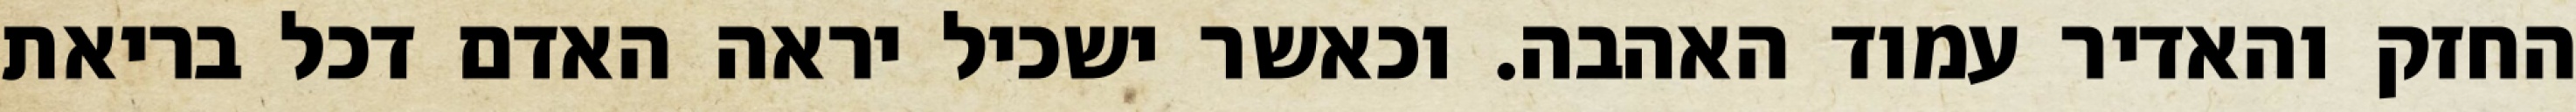
החזק והאדיר עמוד האהבה. וכאשר ישכיל יראה האדם דכל בריאת